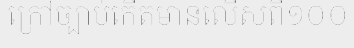
ក្រៅច្បាប់កើតមានលើសពី១០០